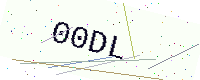
Text: 00DL